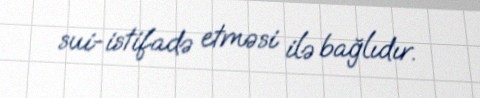
sui-istifadə etməsi ilə bağlıdır.